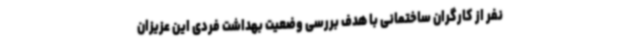
نفر از کارگران ساختمانی با هدف بررسی وضعیت بهداشت فردی این عزیزان